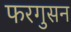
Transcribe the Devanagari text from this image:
फरगुसन